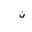
Letter: _non